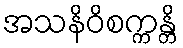
အသနိဝိစက္ကန္တိ